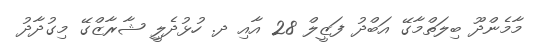
މާމެންދޫ ބިލަތްމާގޭ އަބްދު ފަޒީލް 28 އާއި ދ. ހުޅުދެލިީ ޝާރާޒްގޭ މިގުދާދު